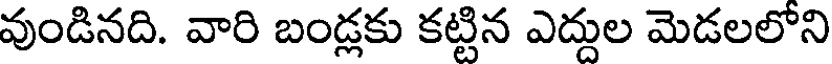
వుండినది. వారి బండ్లకు కట్టిన ఎద్దుల మెడలలోని